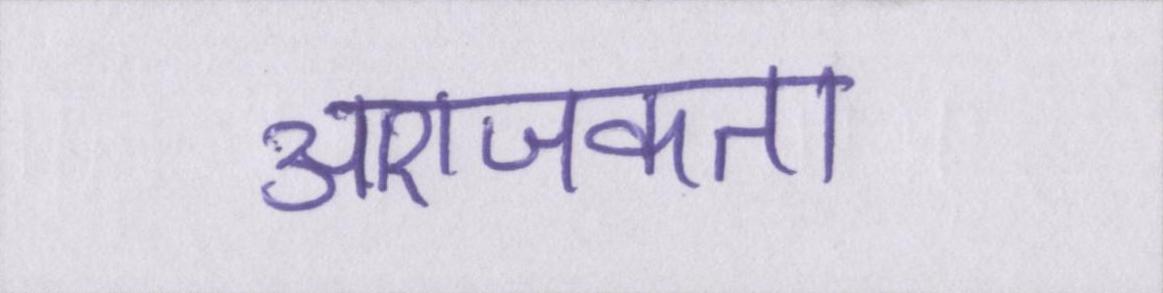
आराजकता